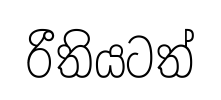
රීතියටත්